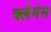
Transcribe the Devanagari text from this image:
क्लेमंस